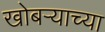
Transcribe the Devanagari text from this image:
खोबऱ्याच्या